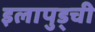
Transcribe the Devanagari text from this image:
इलापुड्ची